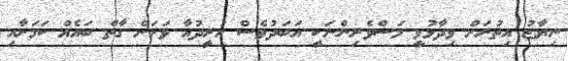
ނިޔާޒު އިތުރަށް ވިދާޅުވީ މަސްވެރިންނަކީ އަބަދުވެސް އުރީދުއާ ވަރަށް ގާތް ބައެއް ކަމަށާއި